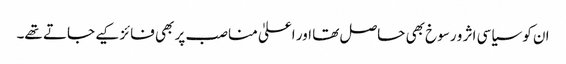
ان کو سیاسی اثر و رسوخ بھی حاصل تھا اور اعلیٰ مناصب پر بھی فائز کیے جاتے تھے۔